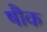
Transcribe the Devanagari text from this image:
षौक